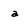
Character: a